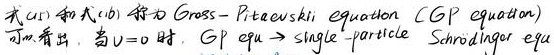
式(a) 和式(b) 称为 Gross–Pitaevskii equation (GP equation)
可以看出，当$v = 0$ 时，GP equ. $\to$ single - particle Schrödinger equ.